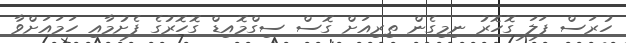
ހުރަސް ފަލަ ގޮހޮރު ނިމިގެން ތިރިއަށް ގޮސް ސިގްމޮއިޑް ގޮހޮރުގެ ފެށުމާއި ހަމައަށްވާ